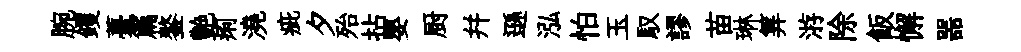
腕钁薹篇鏊艶痢澆疵夕殆拈嬰厨幷遜泓怕玉馭謬苗琳筭㳺除飯懈噐